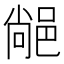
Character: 𨜂